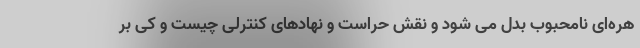
هره‌ای نامحبوب بدل می شود و نقش حراست و نهادهای کنترلی چیست و کی بر